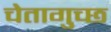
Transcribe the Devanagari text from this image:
चेतागुच्छ